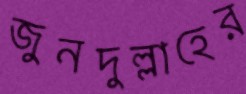
জুনদুল্লাহের